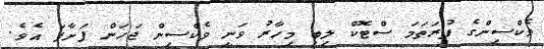
ވެކްސިންގެ ފުރަތަމަ ސްޓޮކް ލިބި މިހާރު ވަނީ ވެކްސިން ޖަހަން ފަށާފަ އެވެ.